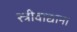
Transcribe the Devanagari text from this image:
स्त्रीवाद्याना